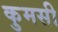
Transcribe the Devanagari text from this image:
कुमसी